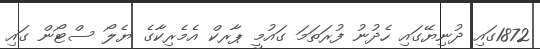
1872ގައި ދުނިޔޭގައި ހެދުނު ފުރަތަމަ ގައުމީ ޕާރކް އެމެރިކާގެ ޔެލޯ ސްޓޯން ގައި